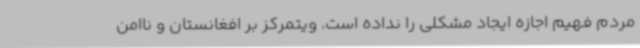
مردم فهیم اجازه ایجاد مشکلی را نداده است. ویتمرکز بر افغانستان و ناامن